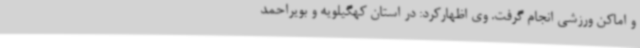
و اماکن ورزشی انجام گرفت. وی اظهارکرد: در استان کهگیلویه و بویراحمد